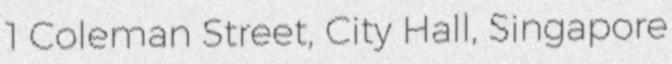
1 Coleman Street, City Hall, Singapore